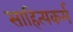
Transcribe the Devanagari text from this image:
साहित्यकर्म